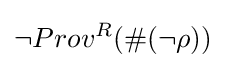
\neg Prov^{R}(\#(\neg \rho ))